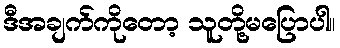
ဒီအချက်ကိုတော့ သူတို့မပြောပါ။